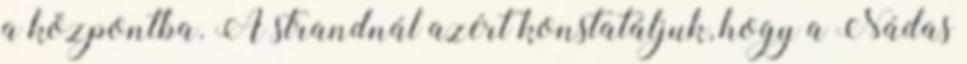
a központba. A strandnál azért konstatáljuk, hogy a Nádas